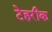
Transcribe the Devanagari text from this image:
टेहरीक